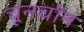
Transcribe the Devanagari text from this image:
चूनचॉन